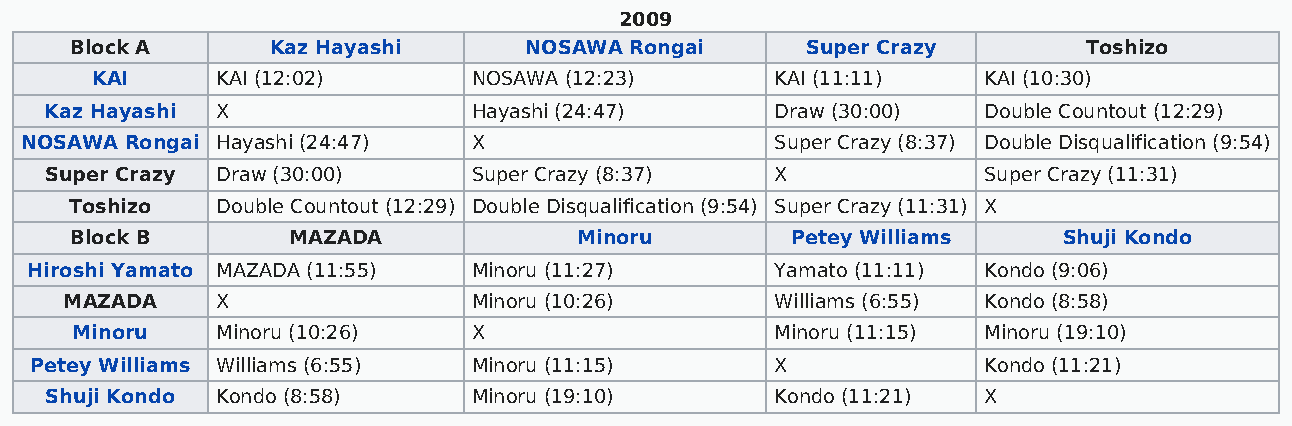
2009
 Block A      Kaz Hayashi      NOSAWA Rongai     Super Crazy        Toshizo
 KAI     KAI (12:02)      NOSAWA (12:23)      KAI (11:11)   KAI (10:30)
 Kaz Hayashi X               Hayashi (24:47)     Draw (30:00)  Double Countout (12:29)
 NOSAWA Rongai Hayashi (24:47) X                   Super Crazy (8:37) Double Disqualification (9:54)
 Super Crazy Draw (30:00)    Super Crazy (8:37)  X             Super Crazy (11:31)
 Toshizo  Double Countout (12:29) Double Disqualification (9:54) Super Crazy (11:31) X
 Block B       MAZADA             Minoru        Petey Williams    Shuji Kondo
 Hiroshi Yamato MAZADA (11:55) Minoru (11:27)     Yamato (11:11) Kondo (9:06)
 MAZADA    X                Minoru (10:26)      Williams (6:55) Kondo (8:58)
 Minoru   Minoru (10:26)   X                   Minoru (11:15) Minoru (19:10)
 Petey Williams Williams (6:55) Minoru (11:15)    X             Kondo (11:21)
 Shuji Kondo Kondo (8:58)    Minoru (19:10)      Kondo (11:21) X